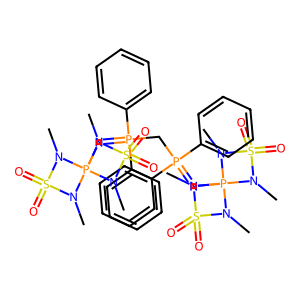
SMILES: CN1S(=O)(=O)N(C)P12(N=P(CP(=NP13(N(C)S(=O)(=O)N1C)N(C)S(=O)(=O)N3C)(c1ccccc1)c1ccccc1)(c1ccccc1)c1ccccc1)N(C)S(=O)(=O)N2C
Inhibits HIV replication: No